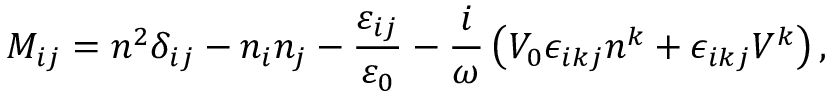
M _ { i j } = n ^ { 2 } \delta _ { i j } - n _ { i } n _ { j } - \frac { \varepsilon _ { i j } } { \varepsilon _ { 0 } } - \frac { i } { \omega } \left( V _ { 0 } \epsilon _ { i k j } n ^ { k } + \epsilon _ { i k j } V ^ { k } \right) ,